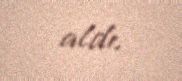
aldı.